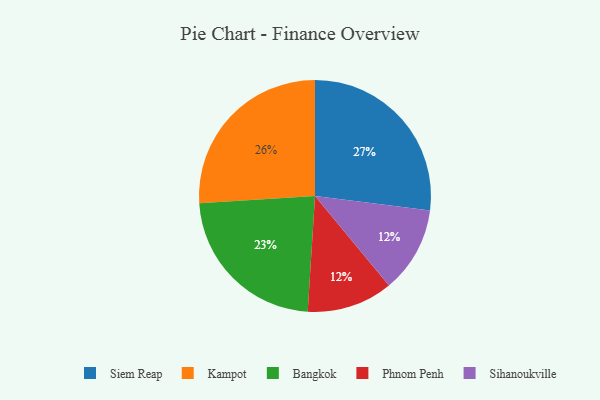
{"axis": {"x": "Category", "y": "Percentage"}, "legend": ["Bangkok", "Kampot", "Phnom Penh", "Siem Reap", "Sihanoukville"], "data": [{"x": "Phnom Penh", "y": 12, "type": "Phnom Penh"}, {"x": "Bangkok", "y": 23, "type": "Bangkok"}, {"x": "Sihanoukville", "y": 12, "type": "Sihanoukville"}, {"x": "Kampot", "y": 26, "type": "Kampot"}, {"x": "Siem Reap", "y": 27, "type": "Siem Reap"}]}